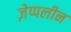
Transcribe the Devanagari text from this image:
ज़ेप्पलीन